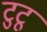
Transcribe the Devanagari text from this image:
टुटू